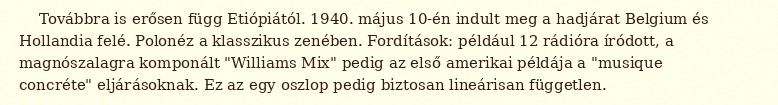
Továbbra is erősen függ Etiópiától. 1940. május 10-én indult meg a hadjárat Belgium és Hollandia felé. Polonéz a klasszikus zenében. Fordítások: például 12 rádióra íródott, a magnószalagra komponált "Williams Mix" pedig az első amerikai példája a "musique concréte" eljárásoknak. Ez az egy oszlop pedig biztosan lineárisan független.